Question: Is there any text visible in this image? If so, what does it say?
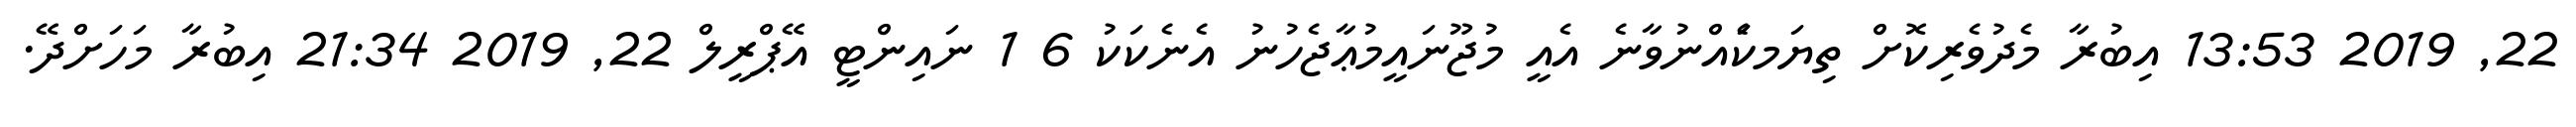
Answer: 22, 2019 13:53 އިބުރާ މެދުވެރިކޮށް ތިޔަމކަެއްނުވާނެ އެއީ މުޖޫނައީމުޢާޖެހުނު އެނެކަކު 6 1 ނައިންޓީ އޭޕްރީލް 22, 2019 21:34 އިބުރާ މަހަށްދޭ.